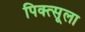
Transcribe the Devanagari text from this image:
पिक्त्सूला